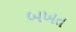
બખત